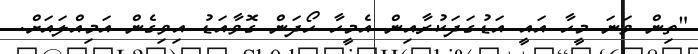
"ތިން ވަނަ މީހާ އައީ އަޑުގަދަކުރާއިން އެމީހާ ހޯދަން ގޮވާއަޑު އިވިގެން އަމިއްލައަށް.